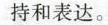
持和表达。